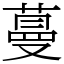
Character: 蔓